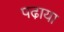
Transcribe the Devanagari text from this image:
पढा़या